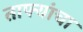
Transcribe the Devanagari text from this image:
ताफ्यांचा